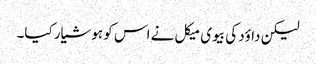
لیکن داؤد کی بیوی میکل نے اس کو ہوشیار کیا۔